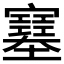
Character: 𡫼